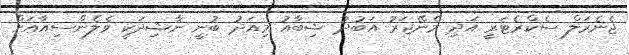
ޖެނެރަލް ސެކްރެޓަރީ އަދި މެނޭޖަރު އަބުދު ޝިބާއު މިއަދު ބުނީ ނާޝިދަކީ ވެލެންސިއާއަށް